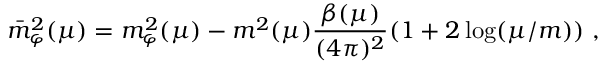
\bar { m } _ { \varphi } ^ { 2 } ( \mu ) = m _ { \varphi } ^ { 2 } ( \mu ) - m ^ { 2 } ( \mu ) \frac { \beta ( \mu ) } { ( 4 \pi ) ^ { 2 } } ( 1 + 2 \log ( \mu / m ) ) \ ,